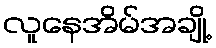
လူနေအိမ်အချို့